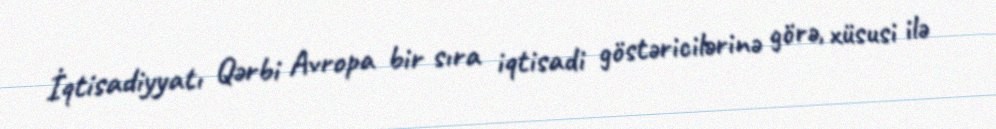
İqtisadiyyatı Qərbi Avropa bir sıra iqtisadi göstəricilərinə görə, xüsusi ilə